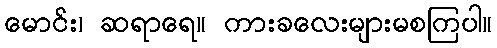
မောင်း၊ ဆရာရေ။ ကားခလေးများမစကြပါ။